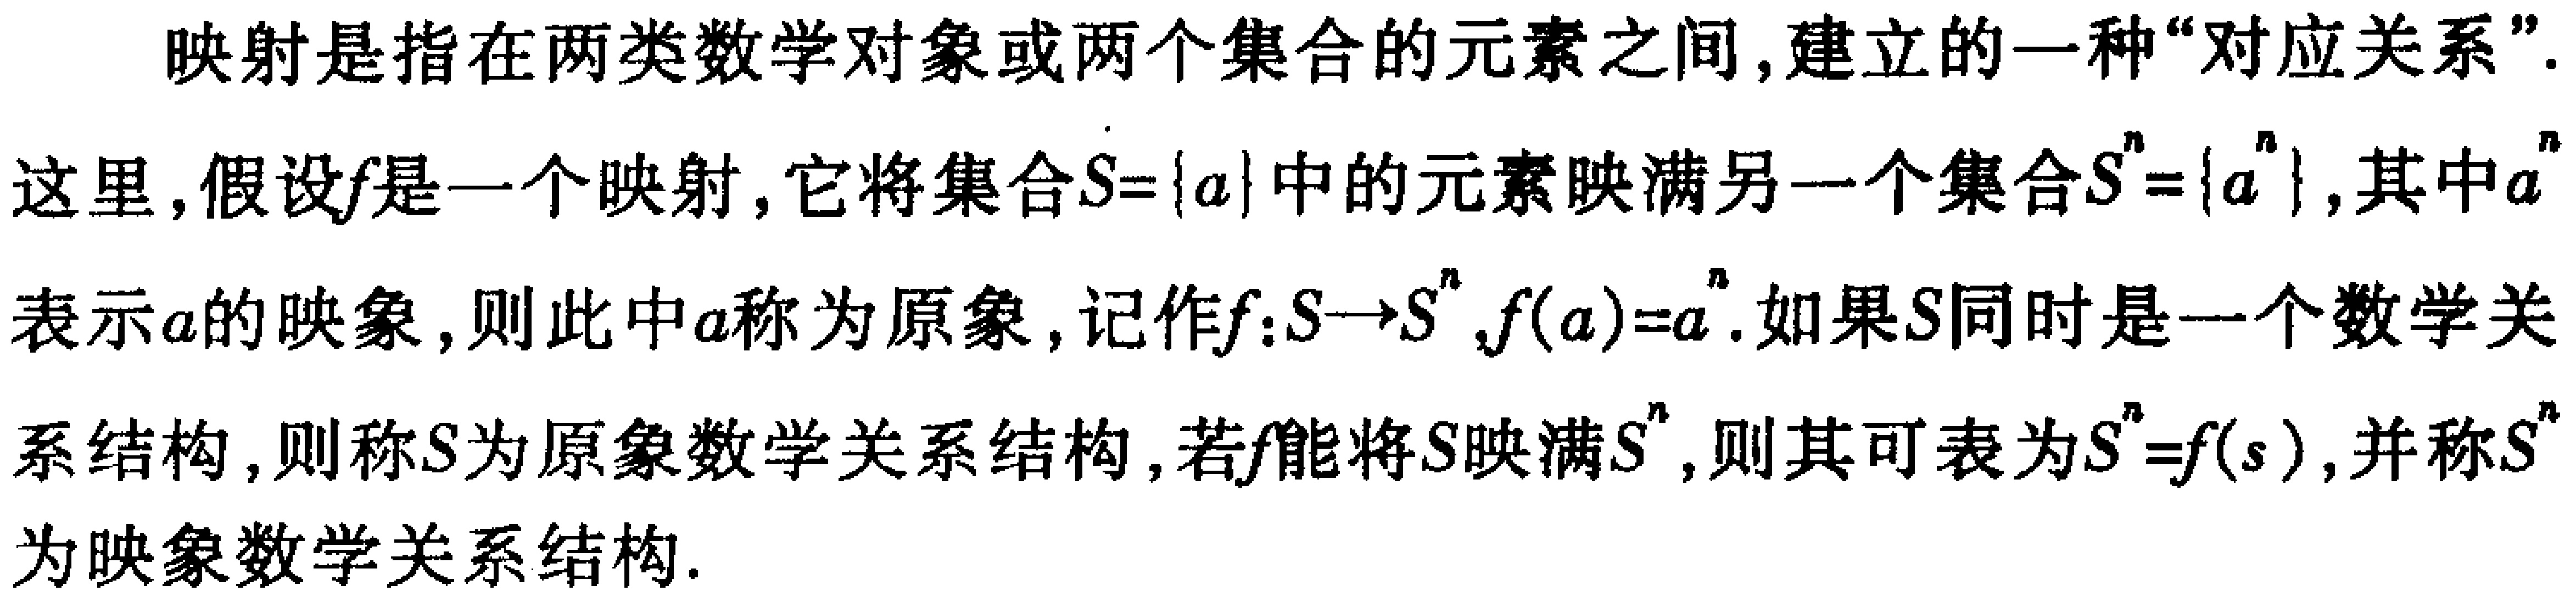
映射是指在两类数学对象或两个集合的元素之间,建立的一种“对应关系”.

这里,假设\(f\)是一个映射,它将集合\(S = \{ a\}\)中的元素映满另一个集合\(S^{n}=\{ a^{n}\}\),其中\(a^{n}\)表示\(a\)的映象,则此中\(a\)称为原象,记作\(f:S\rightarrow S^{n},f(a)=a^{n}\).如果\(S\)同时是一个数学关系结构,则称\(S\)为原象数学关系结构,若\(f\)能将\(S\)映满\(S^{n}\),则其可表为\(S^{n}=f(s)\),并称\(S^{n}\)为映象数学关系结构.